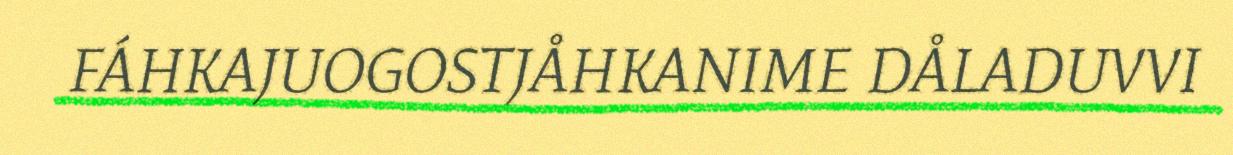
FÁHKAJUOGOSTJÅHKANIME DÅLADUVVI